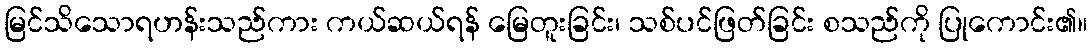
မြင်သိသောရဟန်းသည်ကား ကယ်ဆယ်ရန် မြေတူးခြင်း၊ သစ်ပင်ဖြတ်ခြင်း စသည်ကို ပြုကောင်း၏။